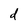
Character: d